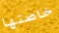
خاصتها